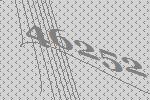
46252